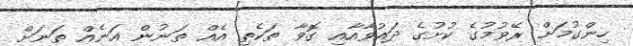
ހިންގުމަށް ރޭވުމުގެ ކުށުގެ ދައުވާއާއި ގޮވާ ތަކެތި އެއް ތަނުން އަނެއް ތަނަށް